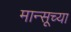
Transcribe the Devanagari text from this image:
मान्सूच्या